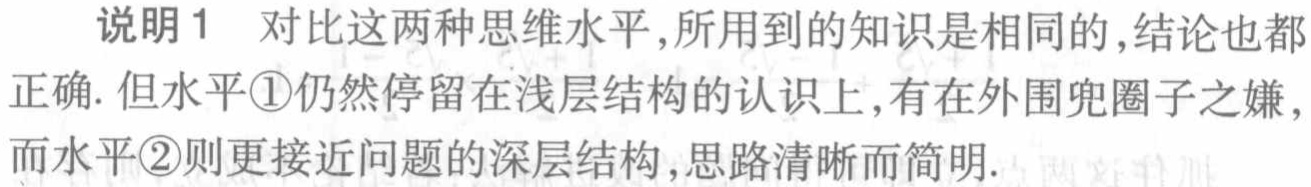
说明1 对比这两种思维水平,所用到的知识是相同的,结论也都

正确. 但水平\textcircled{1}仍然停留在浅层结构的认识上,有在外围兜圈子之嫌,

而水平\textcircled{2}则更接近问题的深层结构,思路清晰而简明.